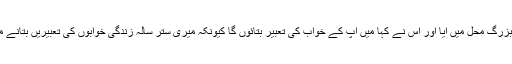
ایک ستر سالہ بزرگ محل میں آیا اور اس نے کہا میں آپ کے خواب کی تعبیر بتائوں گا کیونکہ میری ستر سالہ زندگی خوابوں کی تعبیریں بتانے میں گزری ہے۔